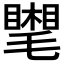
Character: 𣰧